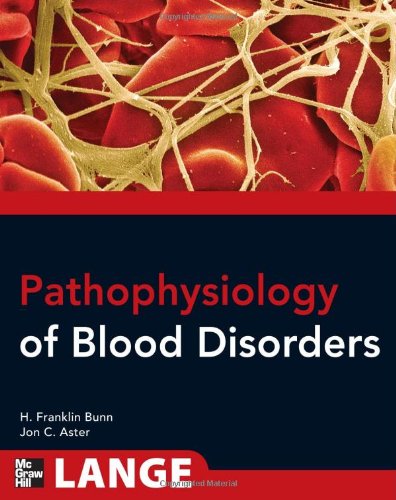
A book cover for Pathophysiology of Blood Disorders (Lange Medical Books); Howard Franklin Bunn; Medical Books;